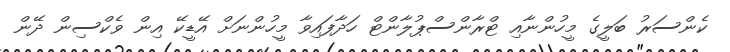
ކެންސަރު ބަލީގެ މީހުންނާއި ޓްރާންސްޕުލާންޓް ހަދާފައިވާ މީހުންނަށް އޭޑީކޭ އިން ވެކްސިން ދޭން